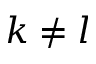
k \neq l